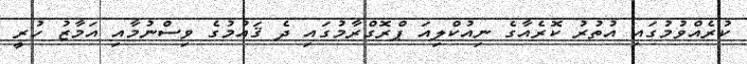
ކުރެއްވުމުގައި އުތުރު ކޮރެއާގެ ނިއުކްލިއަ ޕްރޮގްރާމުގައި ދެ ޤައުމުގެ ވިސްނުމާއި އަމާޒު ހުރީ